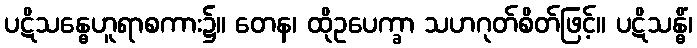
ပဋိသန္ဓေဟူရာစကား၌။ တေန၊ ထိုဥပေက္ခာ သဟဂုတ်စိတ်ဖြင့်။ ပဋိသန္ဓိံ၊